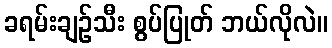
ခရမ်းချဉ်သီး စွပ်ပြုတ် ဘယ်လိုလဲ။